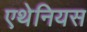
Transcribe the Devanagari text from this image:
एथेनियस